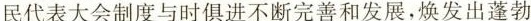
民代表大会制度与时俱进不断完善和发展，焕发出蓬勃